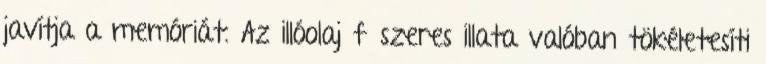
javítja a memóriát. Az illóolaj fűszeres illata valóban tökéletesíti